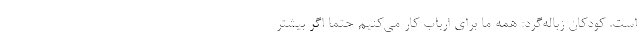
است. کودکان زباله‌گرد: همه ما برای ارباب کار می‌کنیم حتما اگر بیشتر